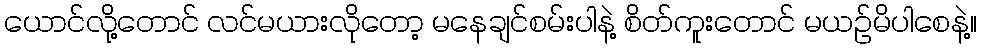
ယောင်လို့တောင် လင်မယားလိုတော့ မနေချင်စမ်းပါနဲ့ စိတ်ကူးတောင် မယဉ်မိပါစေနဲ့။